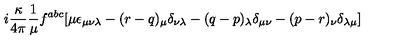
i \frac { \kappa } { 4 \pi } \frac { 1 } { \mu } f ^ { a b c } [ \mu \epsilon _ { \mu \nu \lambda } - ( r - q ) _ { \mu } \delta _ { \nu \lambda } - ( q - p ) _ { \lambda } \delta _ { \mu \nu } - ( p - r ) _ { \nu } \delta _ { \lambda \mu } ]